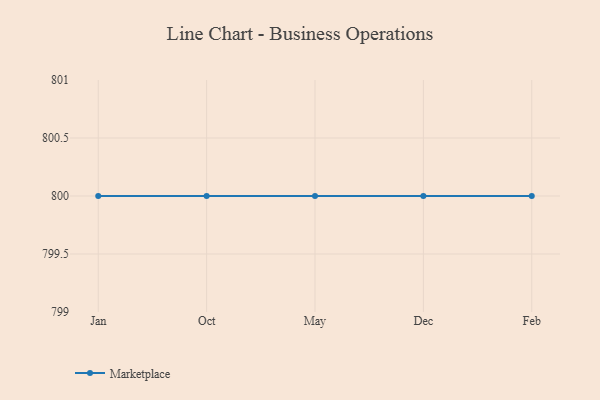
{"axis": {"x": "Month", "y": "Shipments"}, "legend": ["Marketplace"], "data": [{"x": "Jan", "y": 800, "type": "Marketplace"}, {"x": "Oct", "y": 800, "type": "Marketplace"}, {"x": "May", "y": 800, "type": "Marketplace"}, {"x": "Dec", "y": 800, "type": "Marketplace"}, {"x": "Feb", "y": 800, "type": "Marketplace"}]}